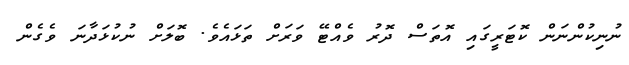
ނުނިކުންނަން ކޮޓަރީގައި އޮތަސް ދޮރު ވެއްޓޭ ވަރަށް ތަޅައެވެ. ބޮލަށް ނުކުޅަދާނަ ވެގެން